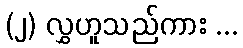
(၂) လွှဟူသည်ကား ...